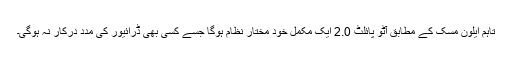
تاہم ایلون مُسک کے مطابق آٹو پائلٹ 2.0 ایک مکمل خود مختار نظام ہوگا جسے کسی بھی ڈرائیور کی مدد درکار نہ ہوگی۔